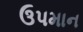
ઉપમાન